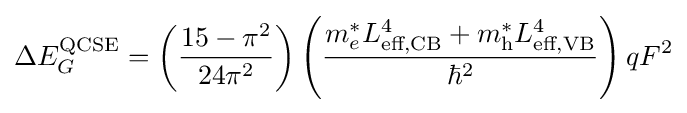
\Delta E_{G}^{\text{QCSE}}=\left({\frac {15-\pi ^{2}}{24\pi ^{2}}}\right)\left({\frac {m_{e}^{*}L_{\text{eff,CB}}^{4}+m_{\text{h}}^{*}L_{\text{eff,VB}}^{4}}{\hbar ^{2}}}\right)qF^{2}